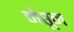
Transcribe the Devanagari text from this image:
नेप्तून